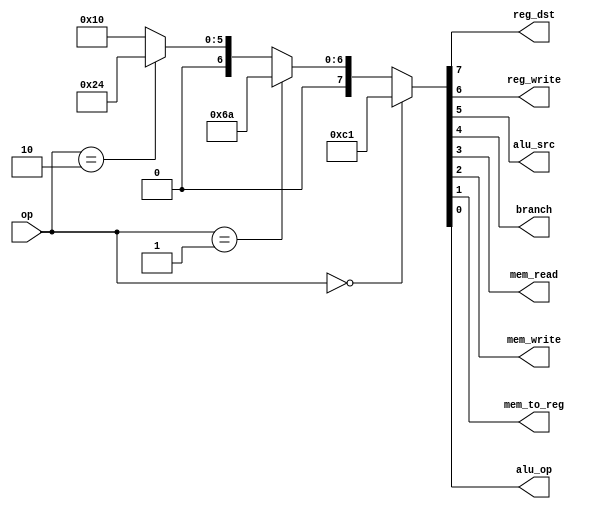
`timescale 1ns / 1ps

module Control(
		input [1:0] op,
		output reg_dst,
		output reg_write,
		output alu_src,
		output branch,
		output mem_read,
		output mem_write,
		output mem_to_reg,
		output alu_op
	);

	wire [7:0] out;
	assign {reg_dst, reg_write, alu_src, branch, mem_read, mem_write, mem_to_reg, alu_op} = out;

	assign out = op == 2'b00 ? 8'b11000001 : // 11000001
		op == 2'b01 ? 8'b01101010 : // 01101010
		op == 2'b10 ? 8'b00100100 : // x01001x0
		8'b00010000; // x00100x0
endmodule